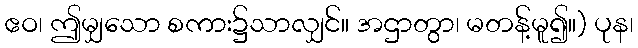
ဧဝ၊ ဤမျှသော စကား၌သာလျှင်။ အဌာတွာ၊ မတန့်မူ၍။) ပုန၊